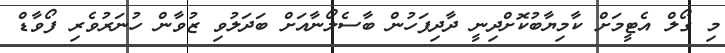
މި ގޯލް އެޓީމަށް ކާމިޔާބުކޮށްދިނީ ދާދިފަހުން ބާސެލޯނާއަށް ބަދަލުވި ޒުވާން ހުނަރުވެރި ފޯވާޑް